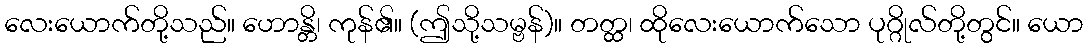
လေးယောက်တို့သည်။ ဟောန္တိ၊ ကုန်၏။ (ဤသို့သမ္ဗန်)။ တတ္ထ၊ ထိုလေးယောက်သော ပုဂ္ဂိုလ်တို့တွင်။ ယော